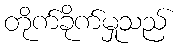
တိုက်ခိုက်မှုသည်